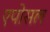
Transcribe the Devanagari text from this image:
एपोसल